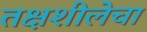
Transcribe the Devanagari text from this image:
तक्षशीलेचा